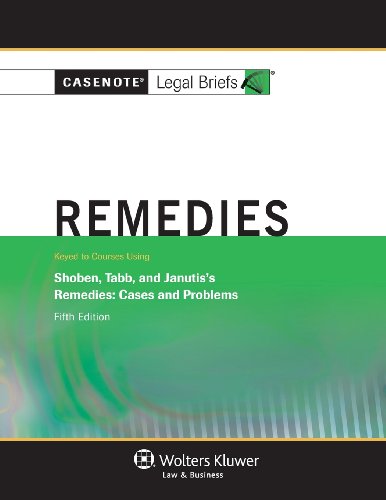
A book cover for Casenote Legal Briefs: Remedies, Keyed to Shoben, Tabb, and Janutis, Fifth Edition; Casenote Legal Briefs; Law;